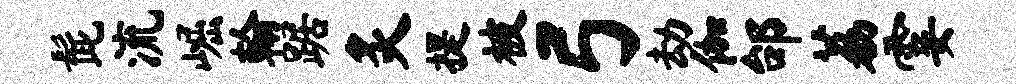
髭流崛翰踞炙提被弓劫伽邰荔霎